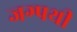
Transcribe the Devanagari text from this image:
जग्पथी